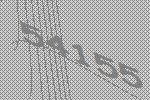
54155